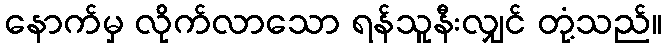
နောက်မှ လိုက်လာသော ရန်သူနီးလျှင် တုံ့သည်။